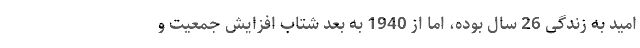
امید به زندگی 26 سال بوده، اما از 1940 به بعد شتاب افزایش جمعیت و